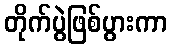
တိုက်ပွဲဖြစ်ပွားကာ